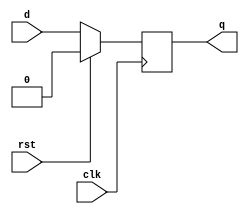
module DFF_Design (d, clk, rst, q);
  
  input d, clk, rst;
  output reg q;
  
  always @(posedge clk)
    begin
      if(rst == 1'b1)	q <= 0;
      else
        begin
          q <= d;
        end
    end
  
endmodule